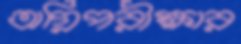
অগ্নিপরীক্ষার